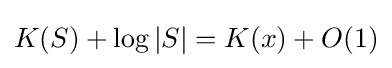
K(S)+\log |S|=K(x)+O(1)